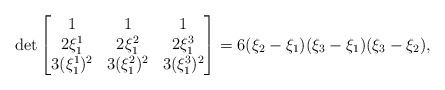
\begin{align*} \det \begin{bmatrix} 1&1&1\\ 2\xi_1^1&2\xi_1^2&2\xi_1^3 \\ 3(\xi_1^1)^2&3(\xi_1^2)^2&3(\xi_1^3)^2 \end{bmatrix}&= 6(\xi_2-\xi_1)(\xi_3-\xi_1)(\xi_3-\xi_2),\end{align*}